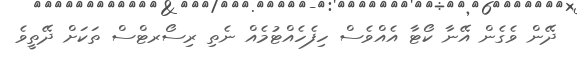
ދޭން ވެގެން އޭނާ ކޯޓާ އެއްވެސް ހިފެހެއްޓުމެއް ނެތި ރިސޯރޓްސް ތަކަށް ދޭތީވެ